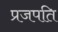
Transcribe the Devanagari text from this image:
प्रजपति